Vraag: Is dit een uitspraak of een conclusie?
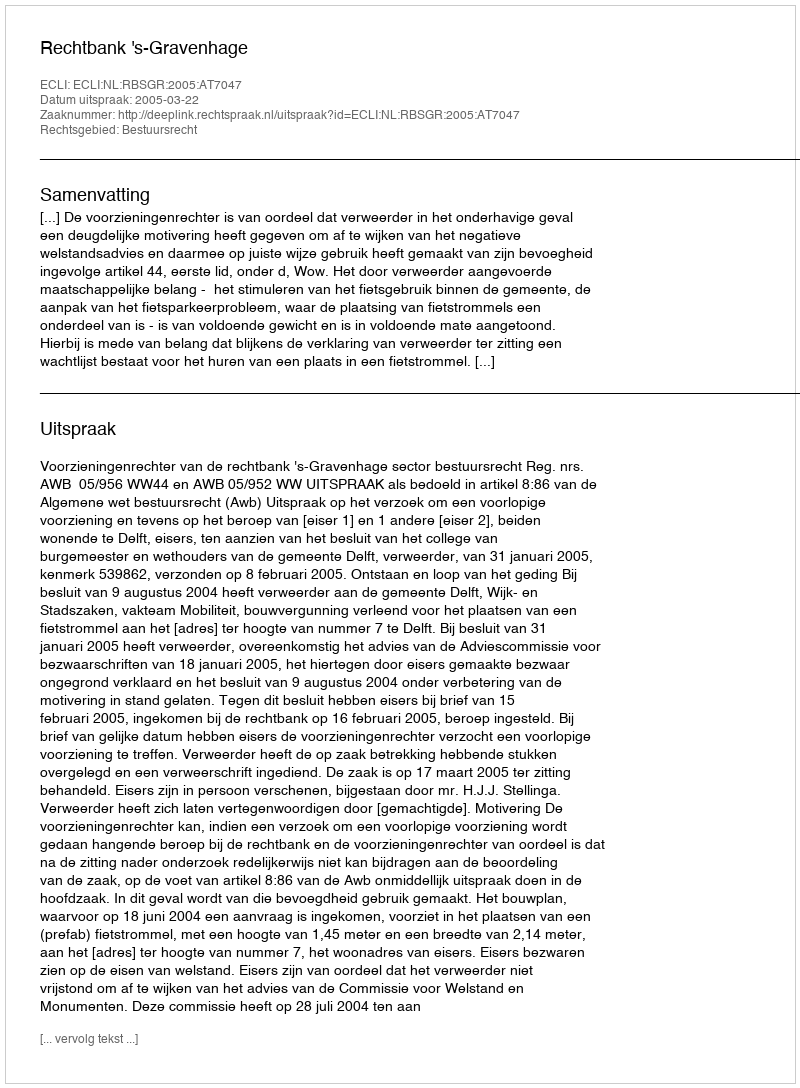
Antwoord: Uitspraak